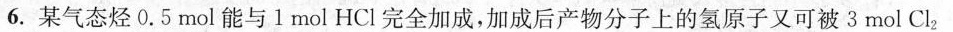
6. 某气态烃 0. 5 mol 能与 1 mol HCl 完全加成，加成后产物分子上的氢原子又可被3 mol Cl_{2}